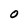
Character: O